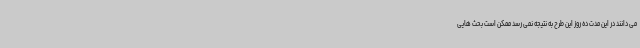
می دانند در این مدت ده روز این طرح به نتیجه نمی رسد ممکن است بحث هایی